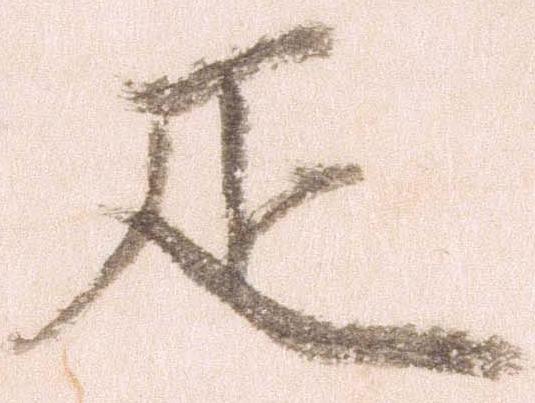
疋